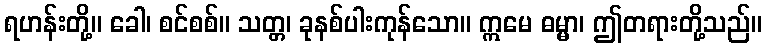
ရဟန်းတို့။ ခေါ၊ စင်စစ်။ သတ္တ၊ ခုနစ်ပါးကုန်သော။ ဣမေ ဓမ္မာ၊ ဤတရားတို့သည်။